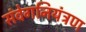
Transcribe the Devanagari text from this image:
संवेगनियंत्रण